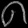
Digit: ၈